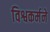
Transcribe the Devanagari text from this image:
विश्वकर्मने